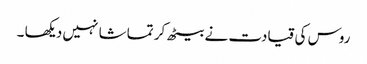
روس کی قیادت نے بیٹھ کر تماشا نہیں دیکھا ۔